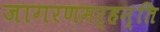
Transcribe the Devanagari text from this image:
जागरणमर्हन्ति